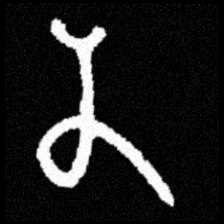
Pyu character \u2014 Myanmar letter: န (romanized: na)